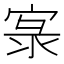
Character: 𱚌